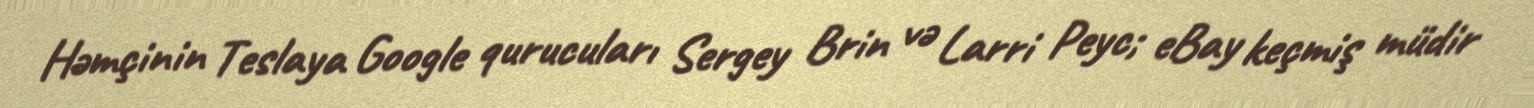
Həmçinin Teslaya Google qurucuları Sergey Brin və Larri Peyc; eBay keçmiş müdir